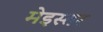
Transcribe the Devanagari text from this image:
मेइस्तर